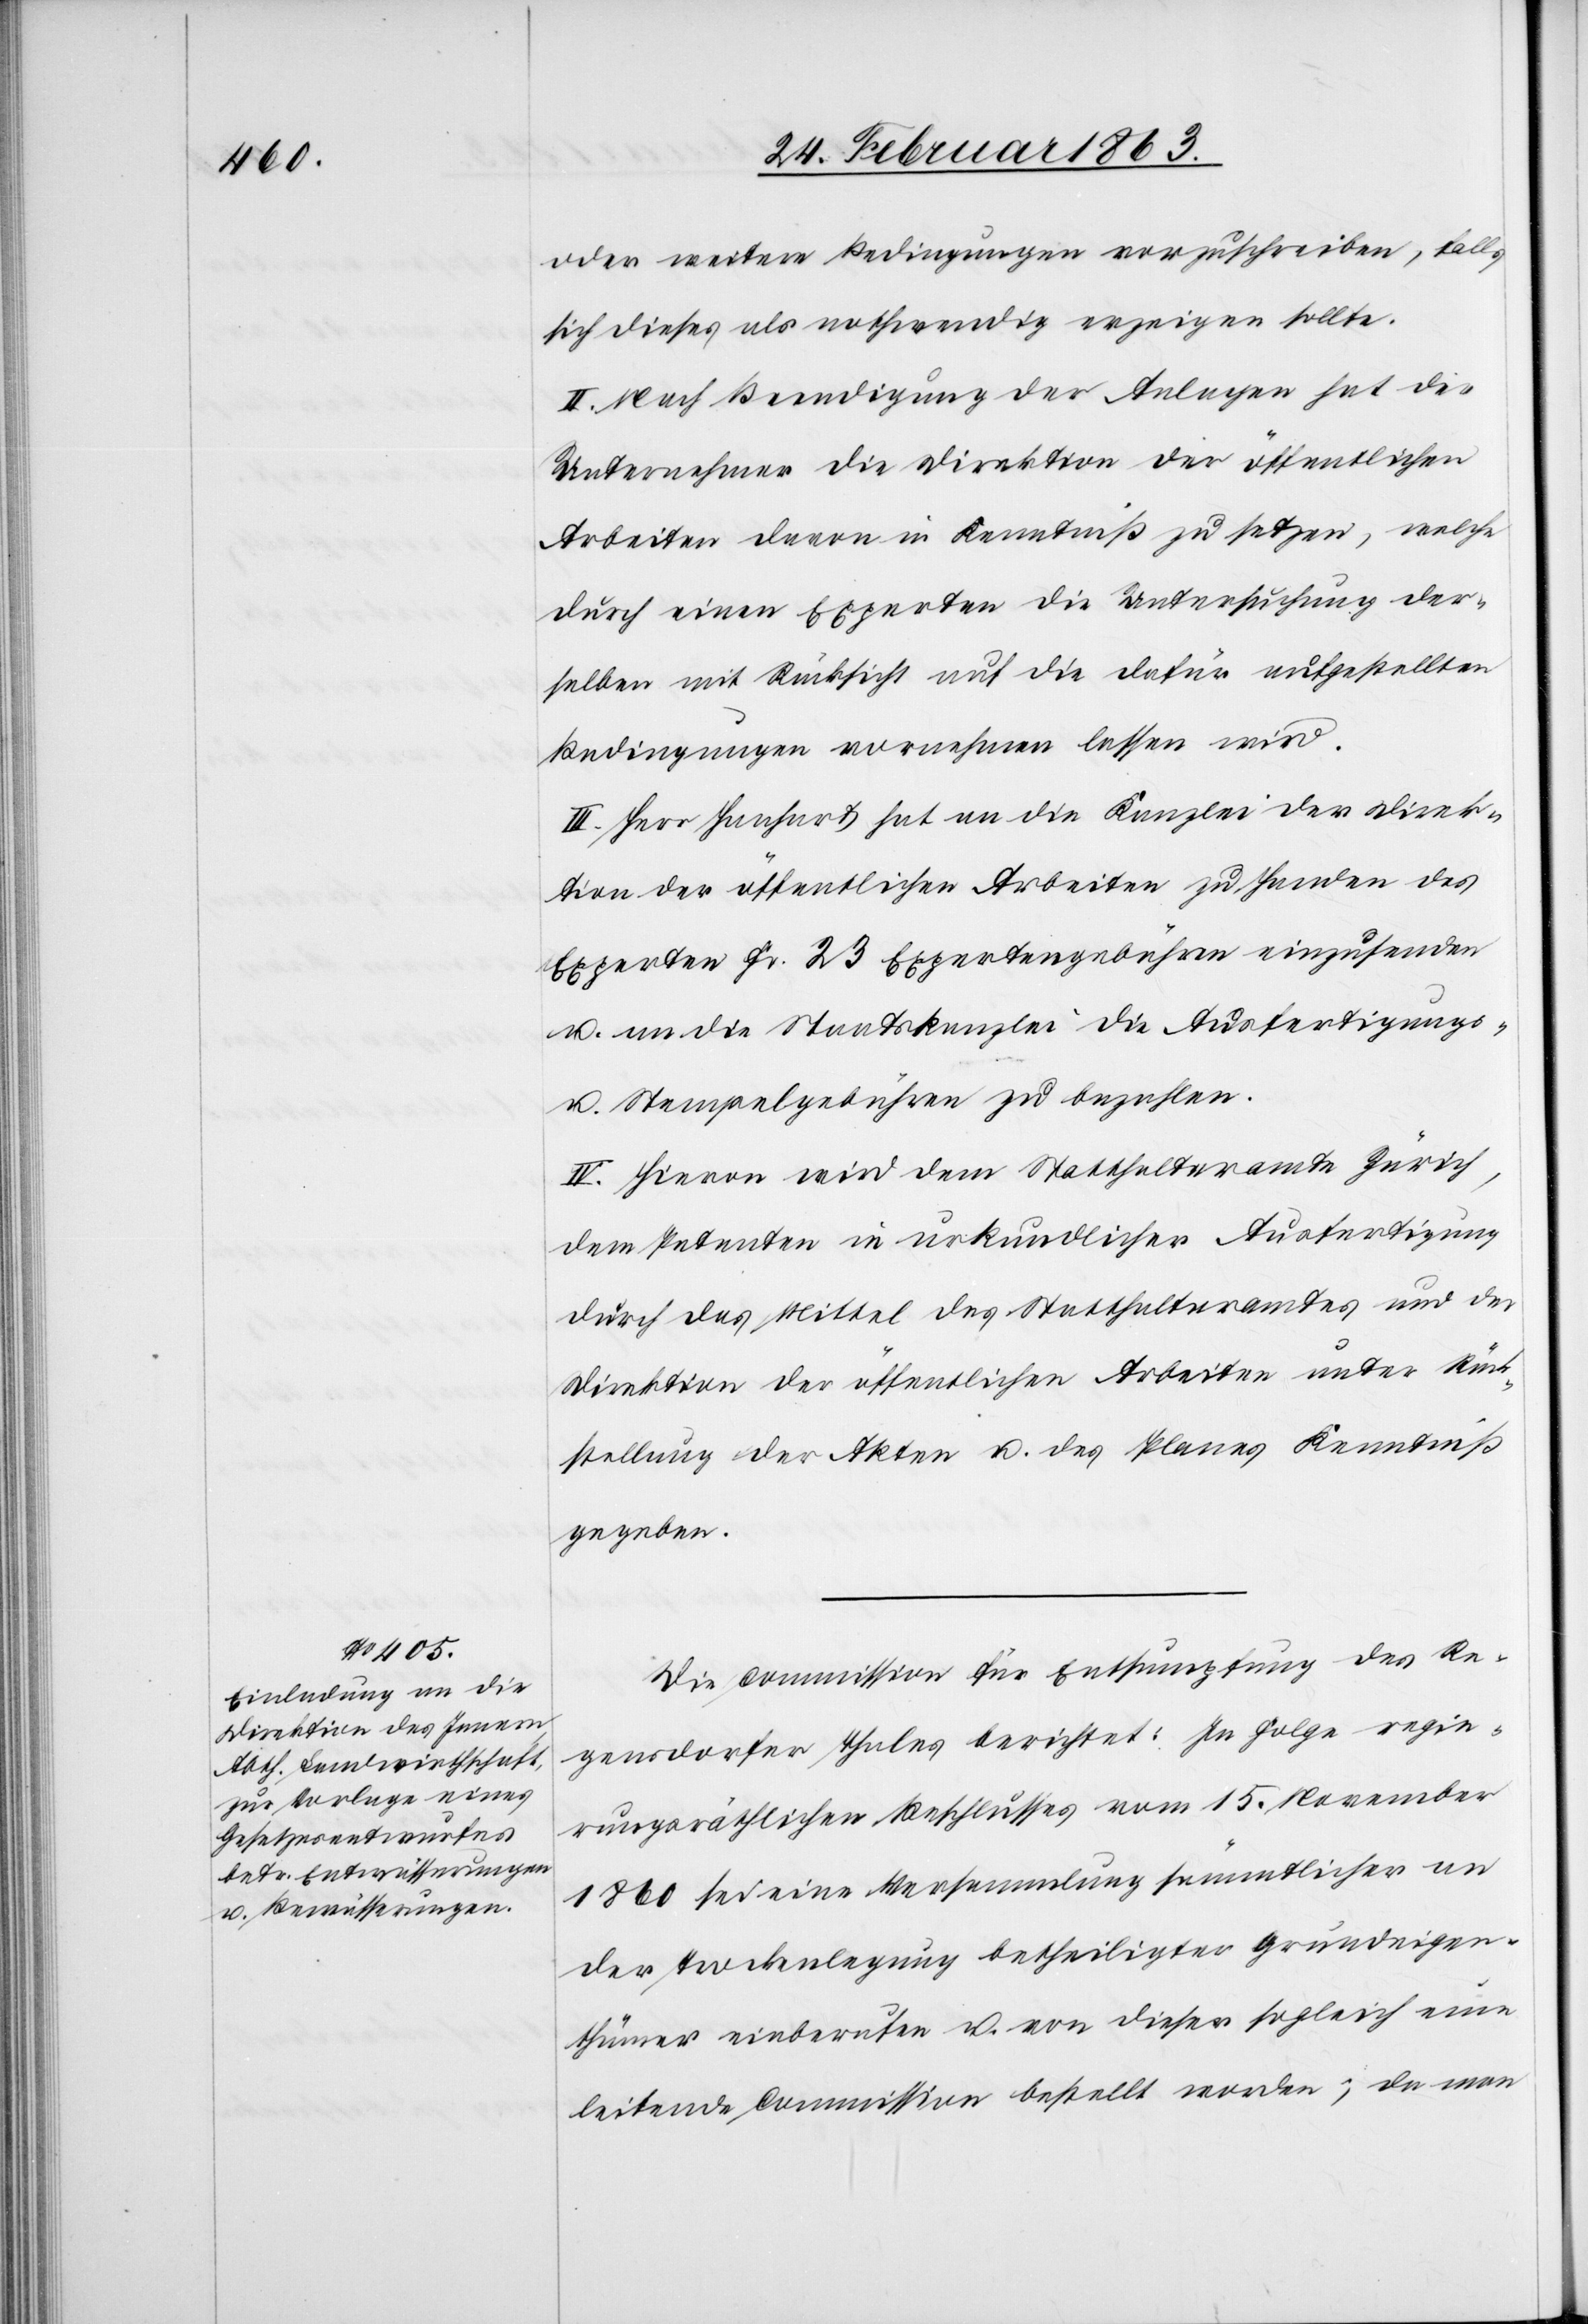
oder weitere Bedingungen vorzuschreiben, falls
sich dieses als nothwendig erzeigen sollte.
II. Nach Beendigung der Analgen hat der
Unternehmer die Direktion der öffentlichen
Arbeiten davon in Kenntniß zu setzen, welche
durch einen Experten die Untersuchung der¬
selben mit Rücksicht auf die dafür aufgestellten
Bedingungen vornehmen lassen wird.
III. Herr Hanhart hat an die Kanzlei der Direk¬
tion der öffentlichen Arbeiten zu Handen des
Experten Fr. 23 Expertengebühren einzusenden
u. an die Staatskanzlei die Ausfertigungs-
u. Stempelgebühren zu bezahlen.
IV. Hievon wird dem Statthalteramte Zürich,
dem Petenten in urkundlicher Ausfertigung
durch das Mittel des Statthalteramtes und der
Direktion der öffentlichen Arbeiten unter Rück¬
stellung der Akten u. des Planes Kenntniß
gegeben.
Die Commission für Entsumpfung des Re¬
gensdorfer Thales berichtet: In Folge regie¬
rungsräthlichen Beschlusses vom 15. November
1860 sei eine Versammlung sämmtlicher an
der Trockenlegung betheiligter Grundeigen¬
thümer einberufen u. von dieser sogleich eine
leitende Commission bestellt worden; da man